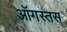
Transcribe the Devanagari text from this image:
ऑगस्तस